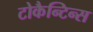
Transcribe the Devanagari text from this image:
टोकैन्टिन्स